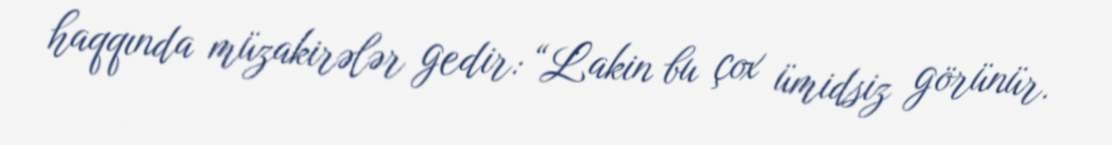
haqqında müzakirələr gedir: “Lakin bu çox ümidsiz görünür.